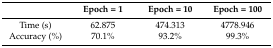
<table><thead><tr><td></td><td><b>Epoch = 1</b></td><td><b>Epoch = 10</b></td><td><b>Epoch = 100</b></td></tr></thead><tbody><tr><td>Time (s)</td><td>62.875</td><td>474.313</td><td>4778.946</td></tr><tr><td>Accuracy (%)</td><td>70.1%</td><td>93.2%</td><td>99.3%</td></tr></tbody></table>